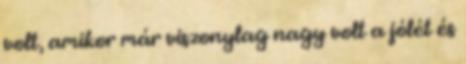
volt, amikor már viszonylag nagy volt a jólét és